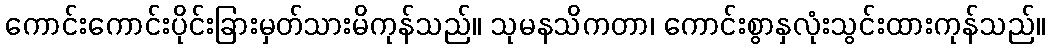
ကောင်းကောင်းပိုင်းခြားမှတ်သားမိကုန်သည်။ သုမနသိကတာ၊ ကောင်းစွာနှလုံးသွင်းထားကုန်သည်။